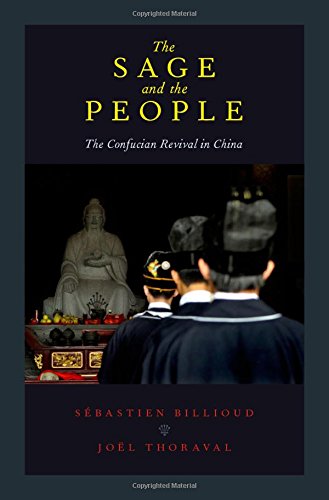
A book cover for The Sage and the People: The Confucian Revival in China; Sebastien Billioud; Religion & Spirituality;